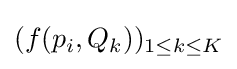
(f(p_{i},Q_{k}))_{1\leq k\leq K}